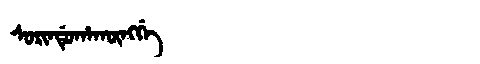
Manchu: ᠰᠣᡵᡳᠨᡩᡠᡥᠠᡴᡡᠩᡤᡝ
Romanization: SORINDUHAKŪNGGE